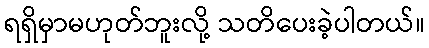
ရရှိမှာမဟုတ်ဘူးလို့ သတိပေးခဲ့ပါတယ်။